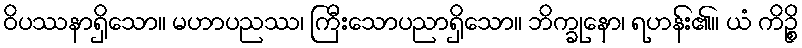
ဝိပဿနာရှိသော။ မဟာပညဿ၊ ကြီးသောပညာရှိသော။ ဘိက္ခုနော၊ ရဟန်း၏။ ယံ ကိဉ္စိ